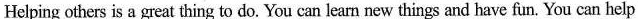
Helping others is a great thing to do. You can learn new things and have fun, You can help